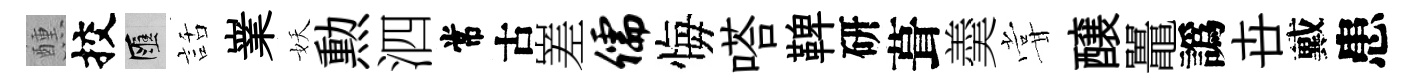
醺挍匯話嶪妖勲泗常古嵳儒悔嗒鞞研葺羮甞醸鼉譌卋戴患